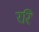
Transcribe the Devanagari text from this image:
ररि